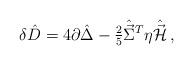
LaTeX: \begin{align*}\delta \hat{D} = 4\partial\hat{\Delta}-{\textstyle\frac{2}{5}}\hat{\vec{\Sigma}}{}^{T}\eta\hat{\vec{\cal H}}\, ,\end{align*}